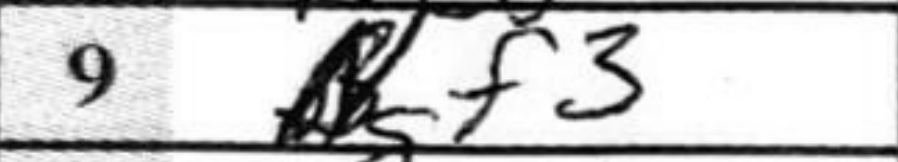
Transcription: gf3